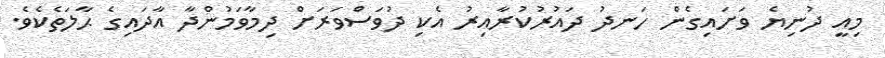
މިއީ ދުނިޔެ ވަށައިގެން ހަނދު ދައުރުކުރާއިރު އެކި ދުވަސްވަރަށް ދިމާވަމުންދާ އާދައިގެ ޙާލަތެކެވެ.